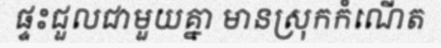
ផ្ទះជួលជាមួយគ្នា មានស្រុកកំណើត